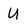
Character: U